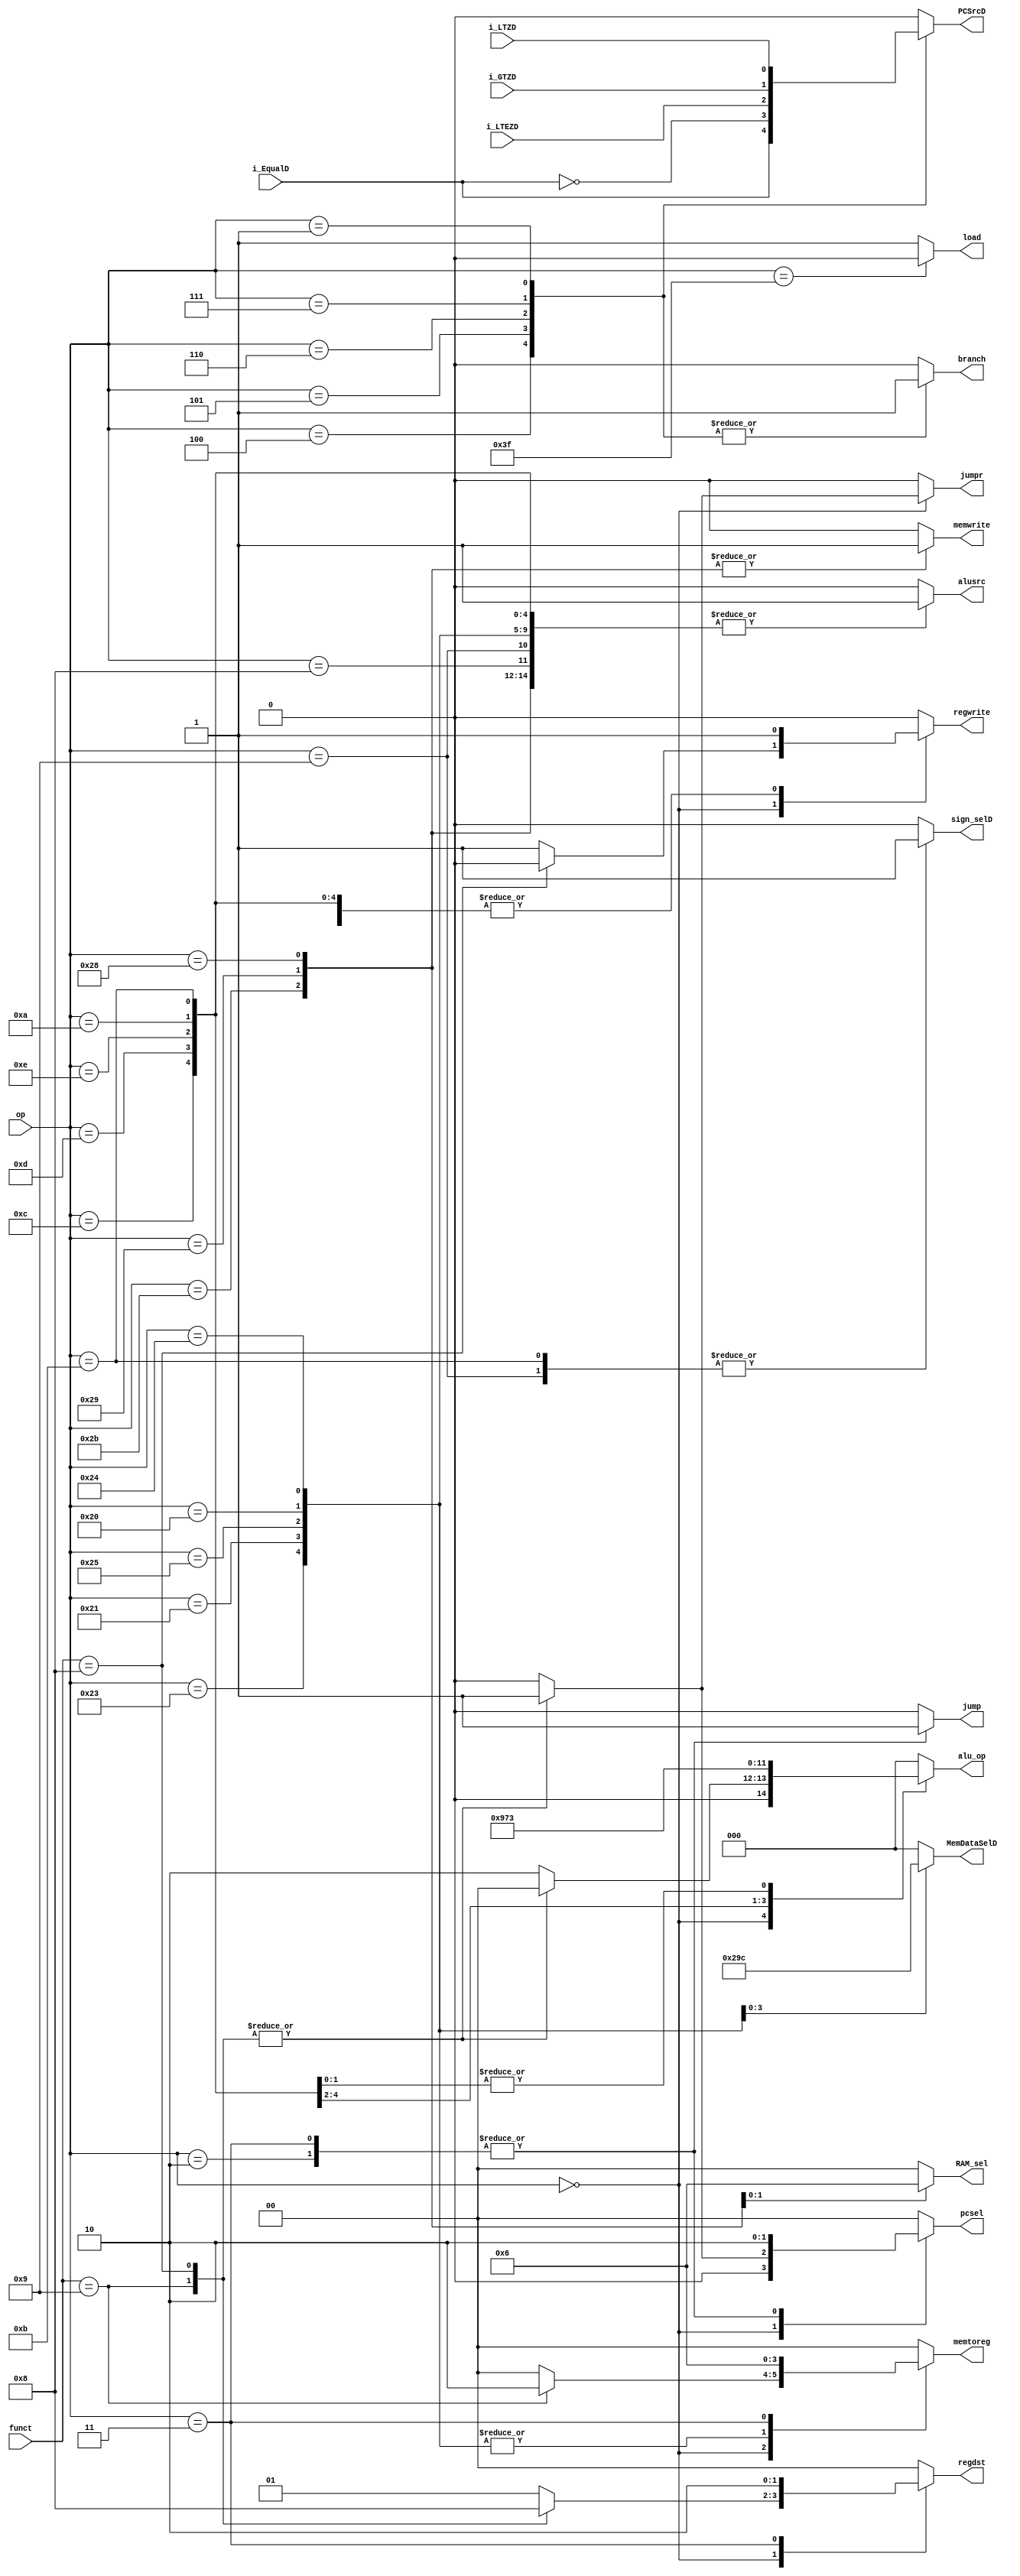
module MAIN_DECODER(
    input wire [5:0]    op, // 7-bit input signal op
    input wire [5:0]    funct,
    input wire          i_EqualD, i_GTZD, i_LTZD, i_LTEZD,	
    output reg          regwrite,
    output reg [1:0]    memtoreg,
    output reg          memwrite,
    output reg          alusrc,
    output reg [1:0]    regdst,
    output reg [1:0]    pcsel,
    output reg          branch,
    output reg          jump,
    output reg          jumpr,
    output reg [2:0]    alu_op,
    output reg 		    PCSrcD,
    output reg 		    sign_selD,
    output reg          load,
	output reg [2:0]    MemDataSelD,
	output reg [1:0]	RAM_sel



);


    localparam [6:0]    R_TYPE  = 6'b00_0000,
                        LW      = 6'b100011,
						LH      = 6'b100001,
						LB      = 6'b100000,
						LHu     = 6'b100101,
						LBU     = 6'b100100,
                        SW      = 6'b101011,
						SH      = 6'b101001,
						SB      = 6'b101000,
                        BEQ     = 6'b000100,
                        BNE     = 6'b000101,
                        BLEZ    = 6'b000110,
                        BGTZ    = 6'b000111,
                        BLTZ    = 6'b000001,
                        ADDI    = 6'b001000,
						ANDi    = 6'b001100,
						ORi     = 6'b001101,
						XORI    = 6'b001110,
						SLTi    = 6'b001010,
						SLTiu   = 6'b001011,
						ADDiu   = 6'b001001,
                        JMP     = 6'b000010,
                        JAL     = 6'b000011,
                        HALT    = 6'b111111;
											

    always @(*) begin 
        regwrite = 'b0;
        memtoreg = 'b0;
        memwrite = 'b0;
        alusrc = 'b0;
        regdst = 'b0;
        branch = 'b0;
        jump = 'b0;
        jumpr = 'b0;
        alu_op = 'b0;
        pcsel = 'b0;
        load = 'b1;
		PCSrcD = 'b0;
		sign_selD = 'b0;
		MemDataSelD = 'b0;
		RAM_sel = 'b0;
        case (op)
            R_TYPE: begin
                case (funct)
                    6'b001001: begin  // jump and link register (JALR)
                        memtoreg = 'b10;    // PC + 4
						regwrite = 'd1;
                        regdst   = 'b10;    // return address reg  (31)
                        jumpr = 'b1;
                        pcsel = 'b01;       // PC next values is Rs
                    end 
                    6'b001000: begin  // jump (JR)
                        jumpr = 'b1;
                        pcsel = 'b01;       // PC next values is Rs
                    end 
                    default: begin  //other R-Type
                        regdst   =  'b01;
						regwrite =  'b1;
						alu_op   =  'b010;
                    end
                endcase
            end
            LW: begin
                regwrite = 'b1;
                memtoreg = 'b01;
                alusrc   = 'b1; // signed imm value				
            end
            LH: begin
                regwrite = 'b1;
                memtoreg = 'b01;
                alusrc   = 'b1; // signed imm value
				MemDataSelD = 'b1;
            end	
            LHu: begin
                regwrite = 'b1;
                memtoreg = 'b01;
                alusrc   = 'b1; // signed imm value
				MemDataSelD = 'b010;
            end	
            LB: begin
                regwrite = 'b1;
                memtoreg = 'b01;
                alusrc   = 'b1; // signed imm value
				MemDataSelD = 'b11;
            end	
            LBU: begin
                regwrite = 'b1;
                memtoreg = 'b01;
                alusrc   = 'b1; // signed imm value
				MemDataSelD = 'b100;
            end				
            SW: begin
                memwrite = 'b1;
                alusrc   = 'b1; // signed imm value
            end
            SH: begin
                memwrite = 'b1;
                alusrc   = 'b1; // signed imm value
				RAM_sel = 'b1;
            end
            SB: begin
                memwrite = 'b1;
                alusrc   = 'b1; // signed imm value
				RAM_sel = 'b10;
            end			
            BEQ: begin
                branch   = 'b1;
				PCSrcD = i_EqualD;
            end
            BNE: begin
                branch   = 'b1;
				PCSrcD = ~i_EqualD;
            end
            BLEZ: begin
                branch   = 'b1;
				PCSrcD = i_LTEZD;
            end
            BGTZ: begin
                branch   = 'b1;
				PCSrcD = i_GTZD;
            end
            BLTZ: begin
                branch   = 'b1;
				PCSrcD = i_EqualD;
				PCSrcD = i_LTZD;
            end			
            ADDI: begin
                regwrite =  'b1;
                alusrc   = 'b1;
            end
            ANDi: begin
				alu_op  = 'b100;  //review
                regwrite =  'b1;
                alusrc   = 'b1;
            end
            ORi: begin
				alu_op  = 'b101;  //review
                regwrite =  'b1;
                alusrc   = 'b1;
            end	
            XORI: begin
				alu_op  = 'b110;  //review
                regwrite =  'b1;
                alusrc   = 'b1;
            end	
            SLTi: begin
				alu_op  = 'b11;  //review
                regwrite =  'b1;
                alusrc   = 'b1;
            end	
            SLTiu: begin
				alu_op  = 'b11;  //review
                regwrite =  'b1;
                alusrc   = 'b1;
				sign_selD = 'b1;  //sign extend with 0
            end	
            ADDiu: begin
                regwrite =  'b1;
                alusrc   = 'b1;
				sign_selD = 'b1;  //sign extend with 0
            end				
            JMP: begin
                jump = 'b1;
				pcsel = 'b10; 
            end
            JAL: begin
                jump = 'b1;
                memtoreg = 'b10;    // PC + 4
                regdst   = 'b10;    // return address reg  (31)
                pcsel = 'b10;       // PC next values is PC[31:28] || Inst[25:0] || 00
                regwrite =  'b1;
            end
            HALT: begin
                load = 'b0;
            end
        endcase
    end
endmodule